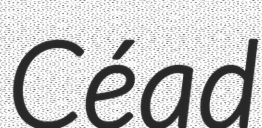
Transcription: Céad